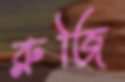
রুজি